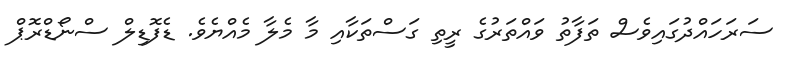
ސަރަހައްދުގައިވެސް ތަފާތު ވައްތަރުގެ ރީތި ގަސްތަކާއި މާ މެލާ މެއްޔެވެ. ޑެފޮޑިލް ސްނޯޑްރޮޕް